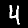
Digit: 4